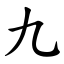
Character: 九